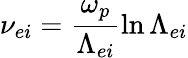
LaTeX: \nu_{ei}=\frac{\omega_{p}}{\Lambda_{ei}}\ln{\Lambda_{ei}}